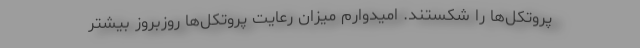
پروتکل‌ها را شکستند. امیدوارم میزان رعایت پروتکل‌ها روزبروز بیشتر